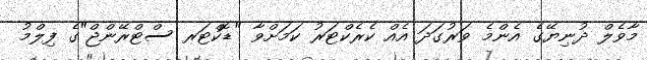
މާވެލް ދުނިޔޭގެ އެންމެ ވަރުގަދަ އެއް ކެރެކްޓަރު ކަމަށްވާ "ޑޮކްޓަރ ސްޓްރޭންޖް"ގެ ފިލްމު